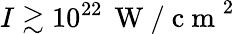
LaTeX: I\gtrsim 10^{22}\, \mathrm{~W~/~c~m~}^{2}